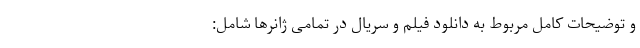
و توضیحات کامل مربوط به دانلود فیلم و سریال در تمامی ژانرها شامل: